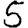
Digit: 5